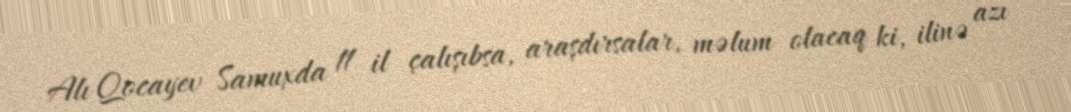
Alı Qocayev Samuxda 11 il çalışıbsa, araşdırsalar, məlum olacaq ki, ilinə azı